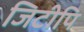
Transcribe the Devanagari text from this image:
जिटीपि